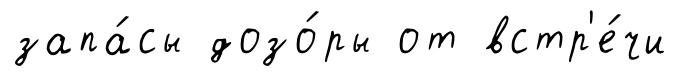
запа́сы дозо́ры от встр'е́чи